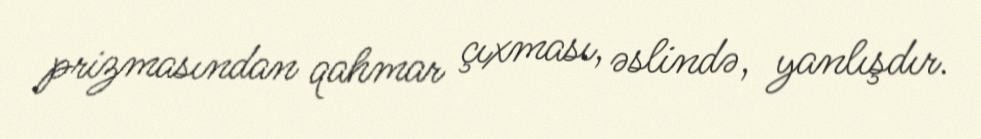
prizmasından qahmar çıxması, əslində, yanlışdır.